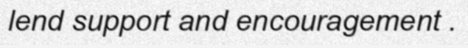
lend support and encouragement .